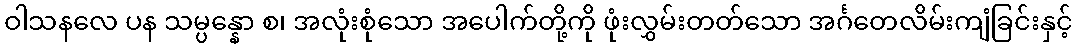
ဝါသနလေ ပန သမ္ပန္နော စ၊ အလုံးစုံသော အပေါက်တို့ကို ဖုံးလွှမ်းတတ်သော အင်္ဂတေလိမ်းကျံခြင်းနှင့်